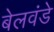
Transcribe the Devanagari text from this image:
बेलवंडे